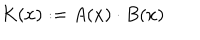
K ( x ) : = A ( x ) \cdot B ( x )